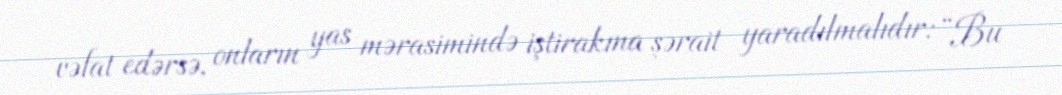
vəfat edərsə, onların yas mərasimində iştirakına şərait yaradılmalıdır: “Bu